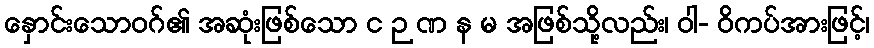
နှောင်းသောဝဂ်၏ အဆုံးဖြစ်သော င ဉ ဏ န မ အဖြစ်သို့လည်း၊ ဝါ- ဝိကပ်အားဖြင့်၊